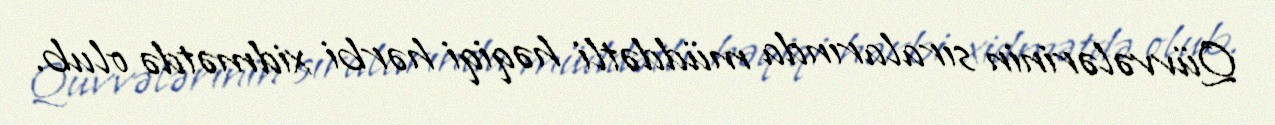
Qüvvələrinin sıralarında müddətli həqiqi hərbi xidmətdə olub.